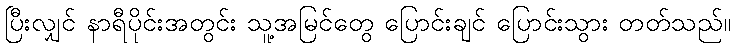
ပြီးလျှင် နာရီပိုင်းအတွင်း သူ့အမြင်တွေ ပြောင်းချင် ပြောင်းသွား တတ်သည်။